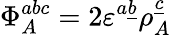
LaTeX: \Phi_{A}^{abc}=2\varepsilon^{a\underline{{{b}}}}\rho_{A}^{\underline{{{c}}}}